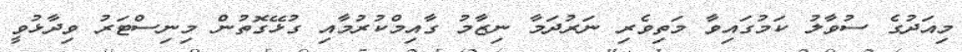
މިއަދުގެ ސުވާލު ކަމުގައިވާ މަތިވެރި ނަރުދަމާ ނިޒާމު ގާއިމްކުރުމާއި ގުޅޭގޮތުން މިނިސްޓަރު ވިދާޅުވީ